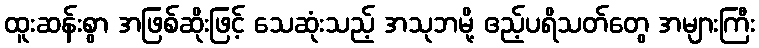
ထူးဆန်းစွာ အဖြစ်ဆိုးဖြင့် သေဆုံးသည့် အသုဘမို့ ဧည့်ပရိသတ်တွေ အများကြီး